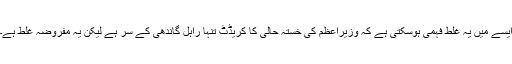
ایسے میں یہ غلط فہمی ہوسکتی ہے کہ وزیراعظم کی خستہ حالی کا کریڈٹ تنہا راہل گاندھی کے سر ہے لیکن یہ مفروضہ غلط ہے۔